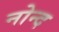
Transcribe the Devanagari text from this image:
नोन्द